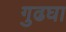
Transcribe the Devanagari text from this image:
गुढघा